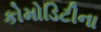
કોમોડિટીના